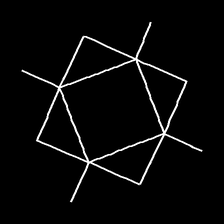
Glyph: light